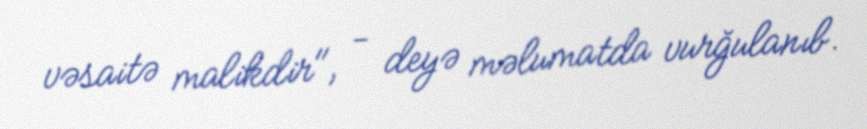
vəsaitə malikdir", - deyə məlumatda vurğulanıb.